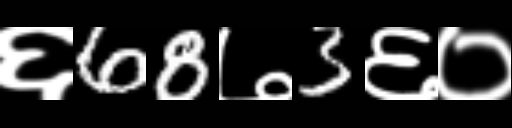
Text: ६68७3६०